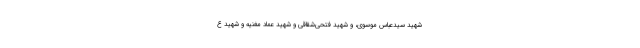
شهید سیّدعباس موسوی، و شهید فتحی‌شقاقی و شهید عماد مغنیه و شهید ع